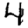
Digit: 4